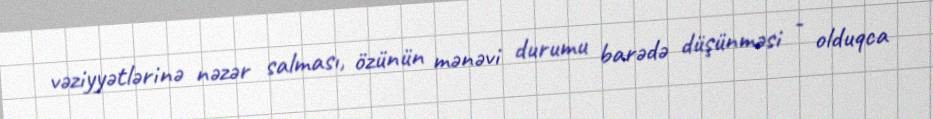
vəziyyətlərinə nəzər salması, özünün mənəvi durumu barədə düşünməsi - olduqca